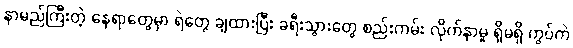
နာမည်ကြီးတဲ့ နေရာတွေမှာ ရဲတွေ ချထားပြီး ခရီးသွားတွေ စည်းကမ်း လိုက်နာမှု ရှိမရှိ ကွပ်ကဲ